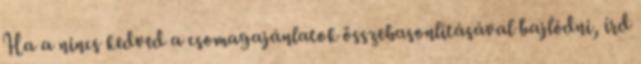
Ha a nincs kedved a csomagajánlatok összehasonlításával bajlódni, írd